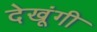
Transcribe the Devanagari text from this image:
देखूंगी